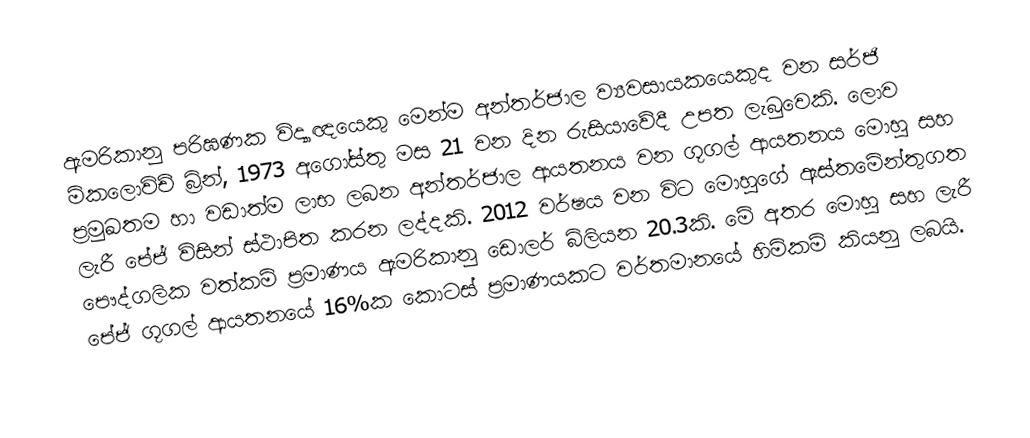
ඇමරිකානු පරිඝණක විද්‍යාඥයෙකු මෙන්ම අන්තර්ජාල ව්‍යවසායකයෙකුද වන සර්ජි මිකලොවිච් බ්‍රින්, 1973 අගෝස්තු මස 21 වන දින රුසියාවේදී උපත ලැබුවෙකි. ලොව ප්‍රමුඛතම හා වඩාත්ම ලාභ ලබන අන්තර්ජාල ආයතනය වන ගූගල් ආයතනය මොහු සහ ලැරී පේජ් විසින් ස්ථාපිත කරන ලද්දකි. 2012 වර්ෂය වන විට මොහුගේ ඇස්තමේන්තුගත පෞද්ගලික වත්කම් ප්‍රමාණය ඇමරිකානු ඩොලර් බිලියන 20.3කි. මේ අතර මොහු සහ ලැරී පේජ් ගූගල් ආයතනයේ 16%ක කොටස් ප්‍රමාණයකට වර්තමානයේ හිමිකම් කියනු ලබයි.